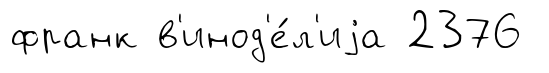
франк в'инод'е́л'иjа 2376